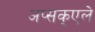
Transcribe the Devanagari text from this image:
अप्सक्एले